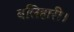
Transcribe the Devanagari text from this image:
बलिहारी।